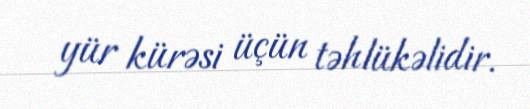
yür kürəsi üçün təhlükəlidir.